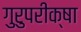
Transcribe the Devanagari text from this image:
गुरुपरीक्षा